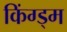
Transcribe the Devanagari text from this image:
किंग्ड्म